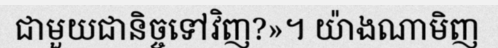
ជាមួយជានិច្ចទៅវិញ?»។ យ៉ាងណាមិញ